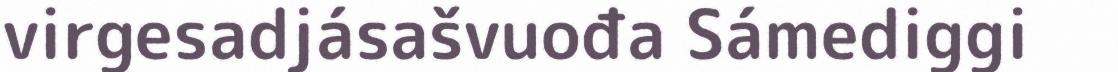
virgesadjásašvuođa Sámediggi